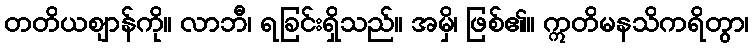
တတိယဈာန်ကို။ လာဘီ၊ ရခြင်းရှိသည်။ အမှိ၊ ဖြစ်၏။ ဣတိမနသိကရိတွာ၊